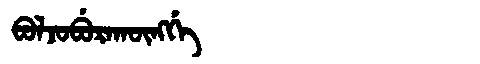
Manchu: ᠪᠣᠯᠵᠣᠪᡠᡵᠠᡴᡡᠩᡤᡝ
Romanization: BOLJOBURAKŪNGGE